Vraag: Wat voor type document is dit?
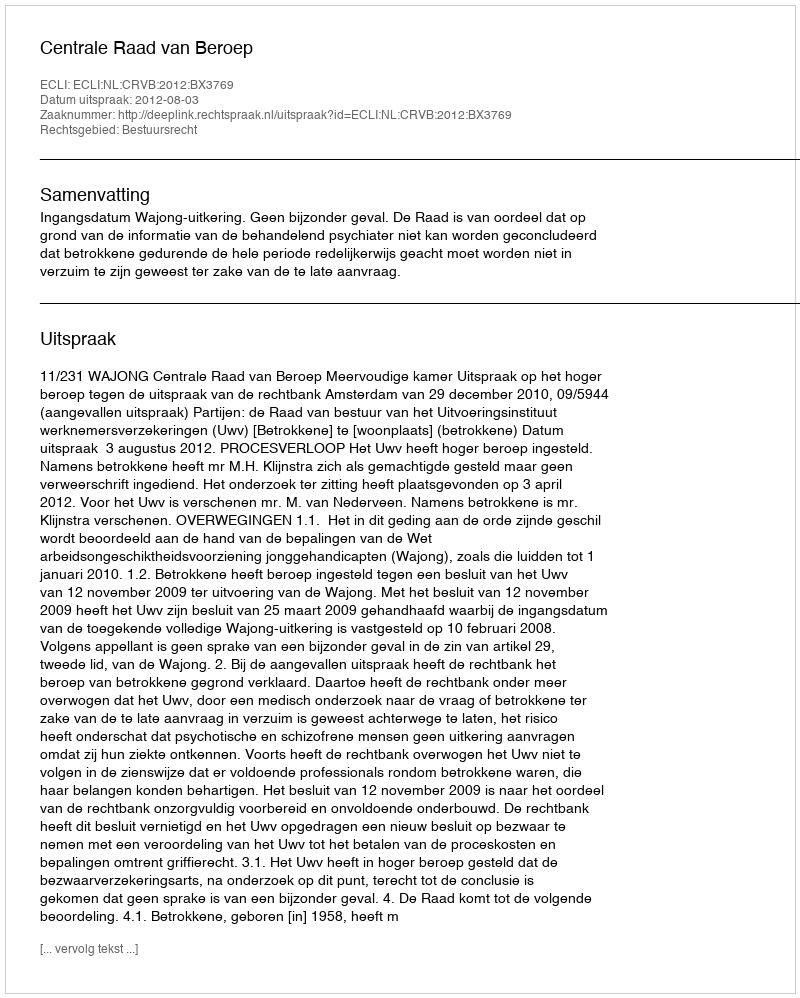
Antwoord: Uitspraak